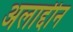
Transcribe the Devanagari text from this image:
अलाद्दीन